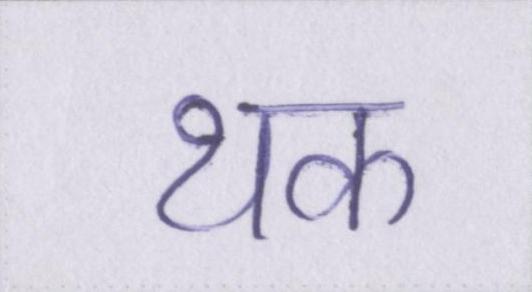
थक